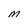
Character: M